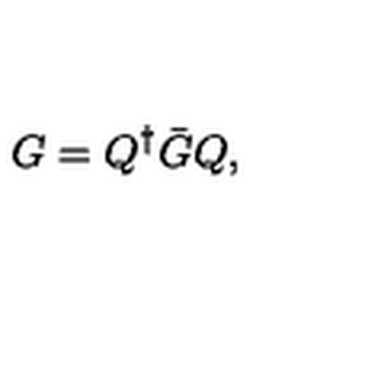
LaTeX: G = Q ^ { \dagger } { \bar { G } } Q ,